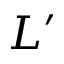
L ^ { \prime }